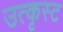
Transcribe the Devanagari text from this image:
उत्कृस्ट